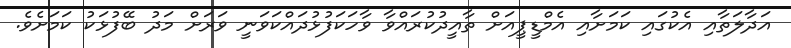
އަދާލަތާއި އެކުގައި ކަމަށާއި އެމްޑީޕީއަށް ތާއީދުކުރައްވާ ވާހަކަފުޅުދައްކަވަނީ ވަރަށް މަދު ބޭފުޅަކު ކަމަށެވެ.